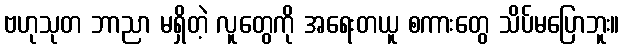
ဗဟုသုတ ဘာညာ မရှိတဲ့ လူတွေကို အရေးတယူ စကားတွေ သိပ်မပြောဘူး။